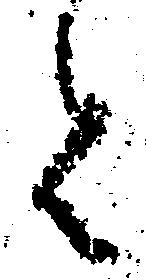
令